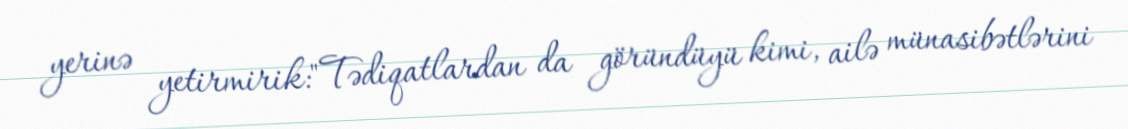
yerinə yetirmirik:"Tədiqatlardan da göründüyü kimi, ailə münasibətlərini